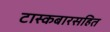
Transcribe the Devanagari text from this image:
टास्कबारसहित